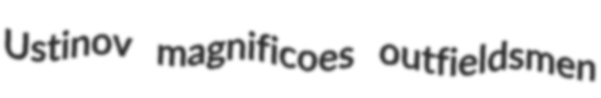
Ustinov magnificoes outfieldsmen